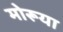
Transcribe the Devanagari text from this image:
मोरूया